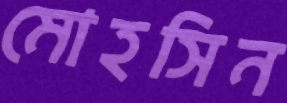
মোহসিন